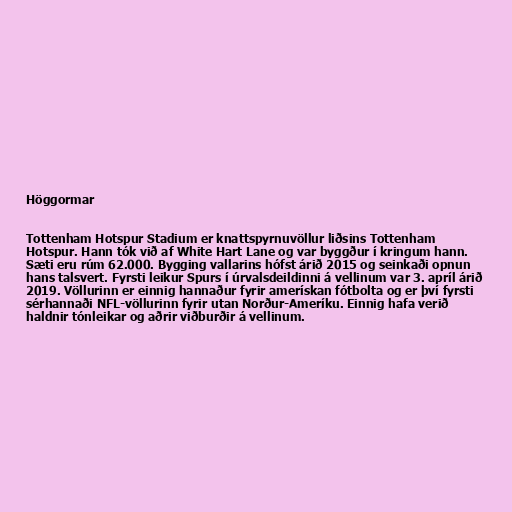
Höggormar

Tottenham Hotspur Stadium er knattspyrnuvöllur liðsins Tottenham
Hotspur. Hann tók við af White Hart Lane og var byggður í kringum hann.
Sæti eru rúm 62.000. Bygging vallarins hófst árið 2015 og seinkaði opnun
hans talsvert. Fyrsti leikur Spurs í úrvalsdeildinni á vellinum var 3. apríl árið
2019. Völlurinn er einnig hannaður fyrir amerískan fótbolta og er því fyrsti
sérhannaði NFL-völlurinn fyrir utan Norður-Ameríku. Einnig hafa verið
haldnir tónleikar og aðrir viðburðir á vellinum.